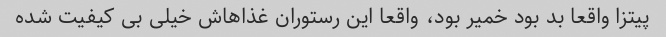
پیتزا واقعا بد بود خمیر بود، واقعا این رستوران غذاهاش خیلی بی کیفیت شده